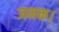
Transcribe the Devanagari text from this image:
जनक।